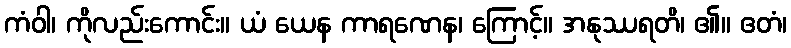
ကံဝါ၊ ကိုလည်းကောင်း။ ယံ ယေန ကာရဏေန၊ ကြောင့်။ အနုဿရတိ၊ ၏။ ဧတံ၊